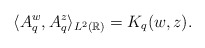
\begin{align*}\langle A_q^w, A_q^z \rangle_{L^2(\mathbb{R})}=K_q(w,z).\end{align*}